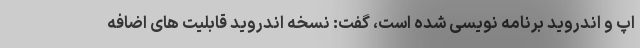
اپ و اندروید برنامه نویسی شده است، گفت: نسخه اندروید قابلیت های اضافه